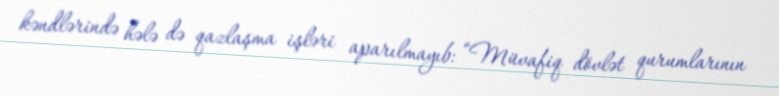
kəndlərində hələ də qazlaşma işləri aparılmayıb: “Müvafiq dövlət qurumlarının